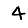
Digit: 4